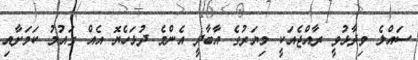
ސައްލެ ވިދާޅުވީ ރާއްޖެއަކީ މިޔަރުގެ އާބާދީ އެންމެ ދުޅަހެޔޮ އެއް ގައުމު ކަމަށާއި